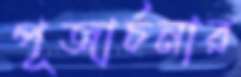
পূজার্চনার